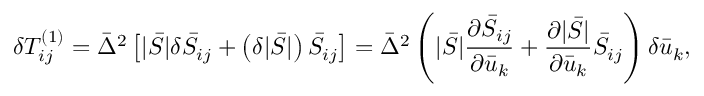
\delta T _ { i j } ^ { \left( 1 \right) } = { { \bar { \Delta } } ^ { 2 } } \left[ { | \bar { S } | \delta { { \bar { S } } _ { i j } } + \left( { \delta | \bar { S } | } \right) { { \bar { S } } _ { i j } } } \right] = { { \bar { \Delta } } ^ { 2 } } \left( { | \bar { S } | \frac { { \partial { { \bar { S } } _ { i j } } } } { { \partial { { \bar { u } } _ { k } } } } + \frac { { \partial | \bar { S } | } } { { \partial { { \bar { u } } _ { k } } } } { { \bar { S } } _ { i j } } } \right) \delta { { \bar { u } } _ { k } } ,